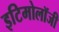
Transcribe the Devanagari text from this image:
इटिमोलॉजी